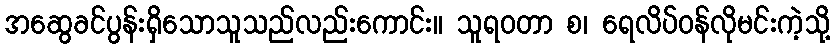
အဆွေခင်ပွန်းရှိသောသူသည်လည်းကောင်း။ သူရဝတာ စ၊ ရေလိပ်ဝန်လိုမင်းကဲ့သို့